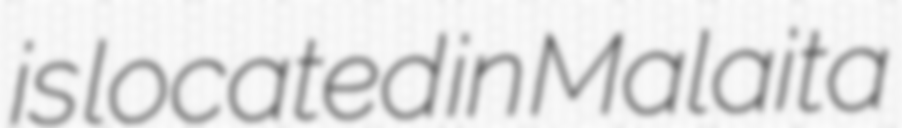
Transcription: is located in Malaita